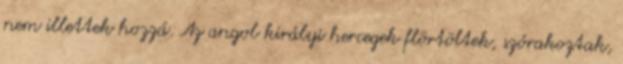
nem illettek hozzá. Az angol királyi hercegek flörtöltek, szórakoztak,